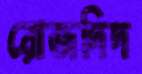
রোজদিদ